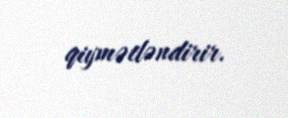
qiymətləndirir.